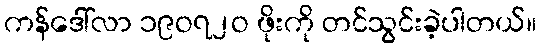
ကန်ဒေါ်လာ ၁၉ဝ၇၂ဝ ဖိုးကို တင်သွင်းခဲ့ပါတယ်။